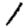
Digit: 1